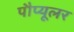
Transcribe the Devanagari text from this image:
पौप्यूलर